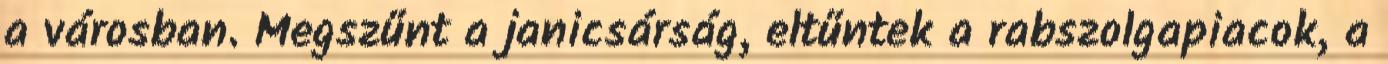
a városban. Megszűnt a janicsárság, eltűntek a rabszolgapiacok, a